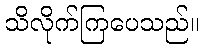
သိလိုက်ကြပေသည်။